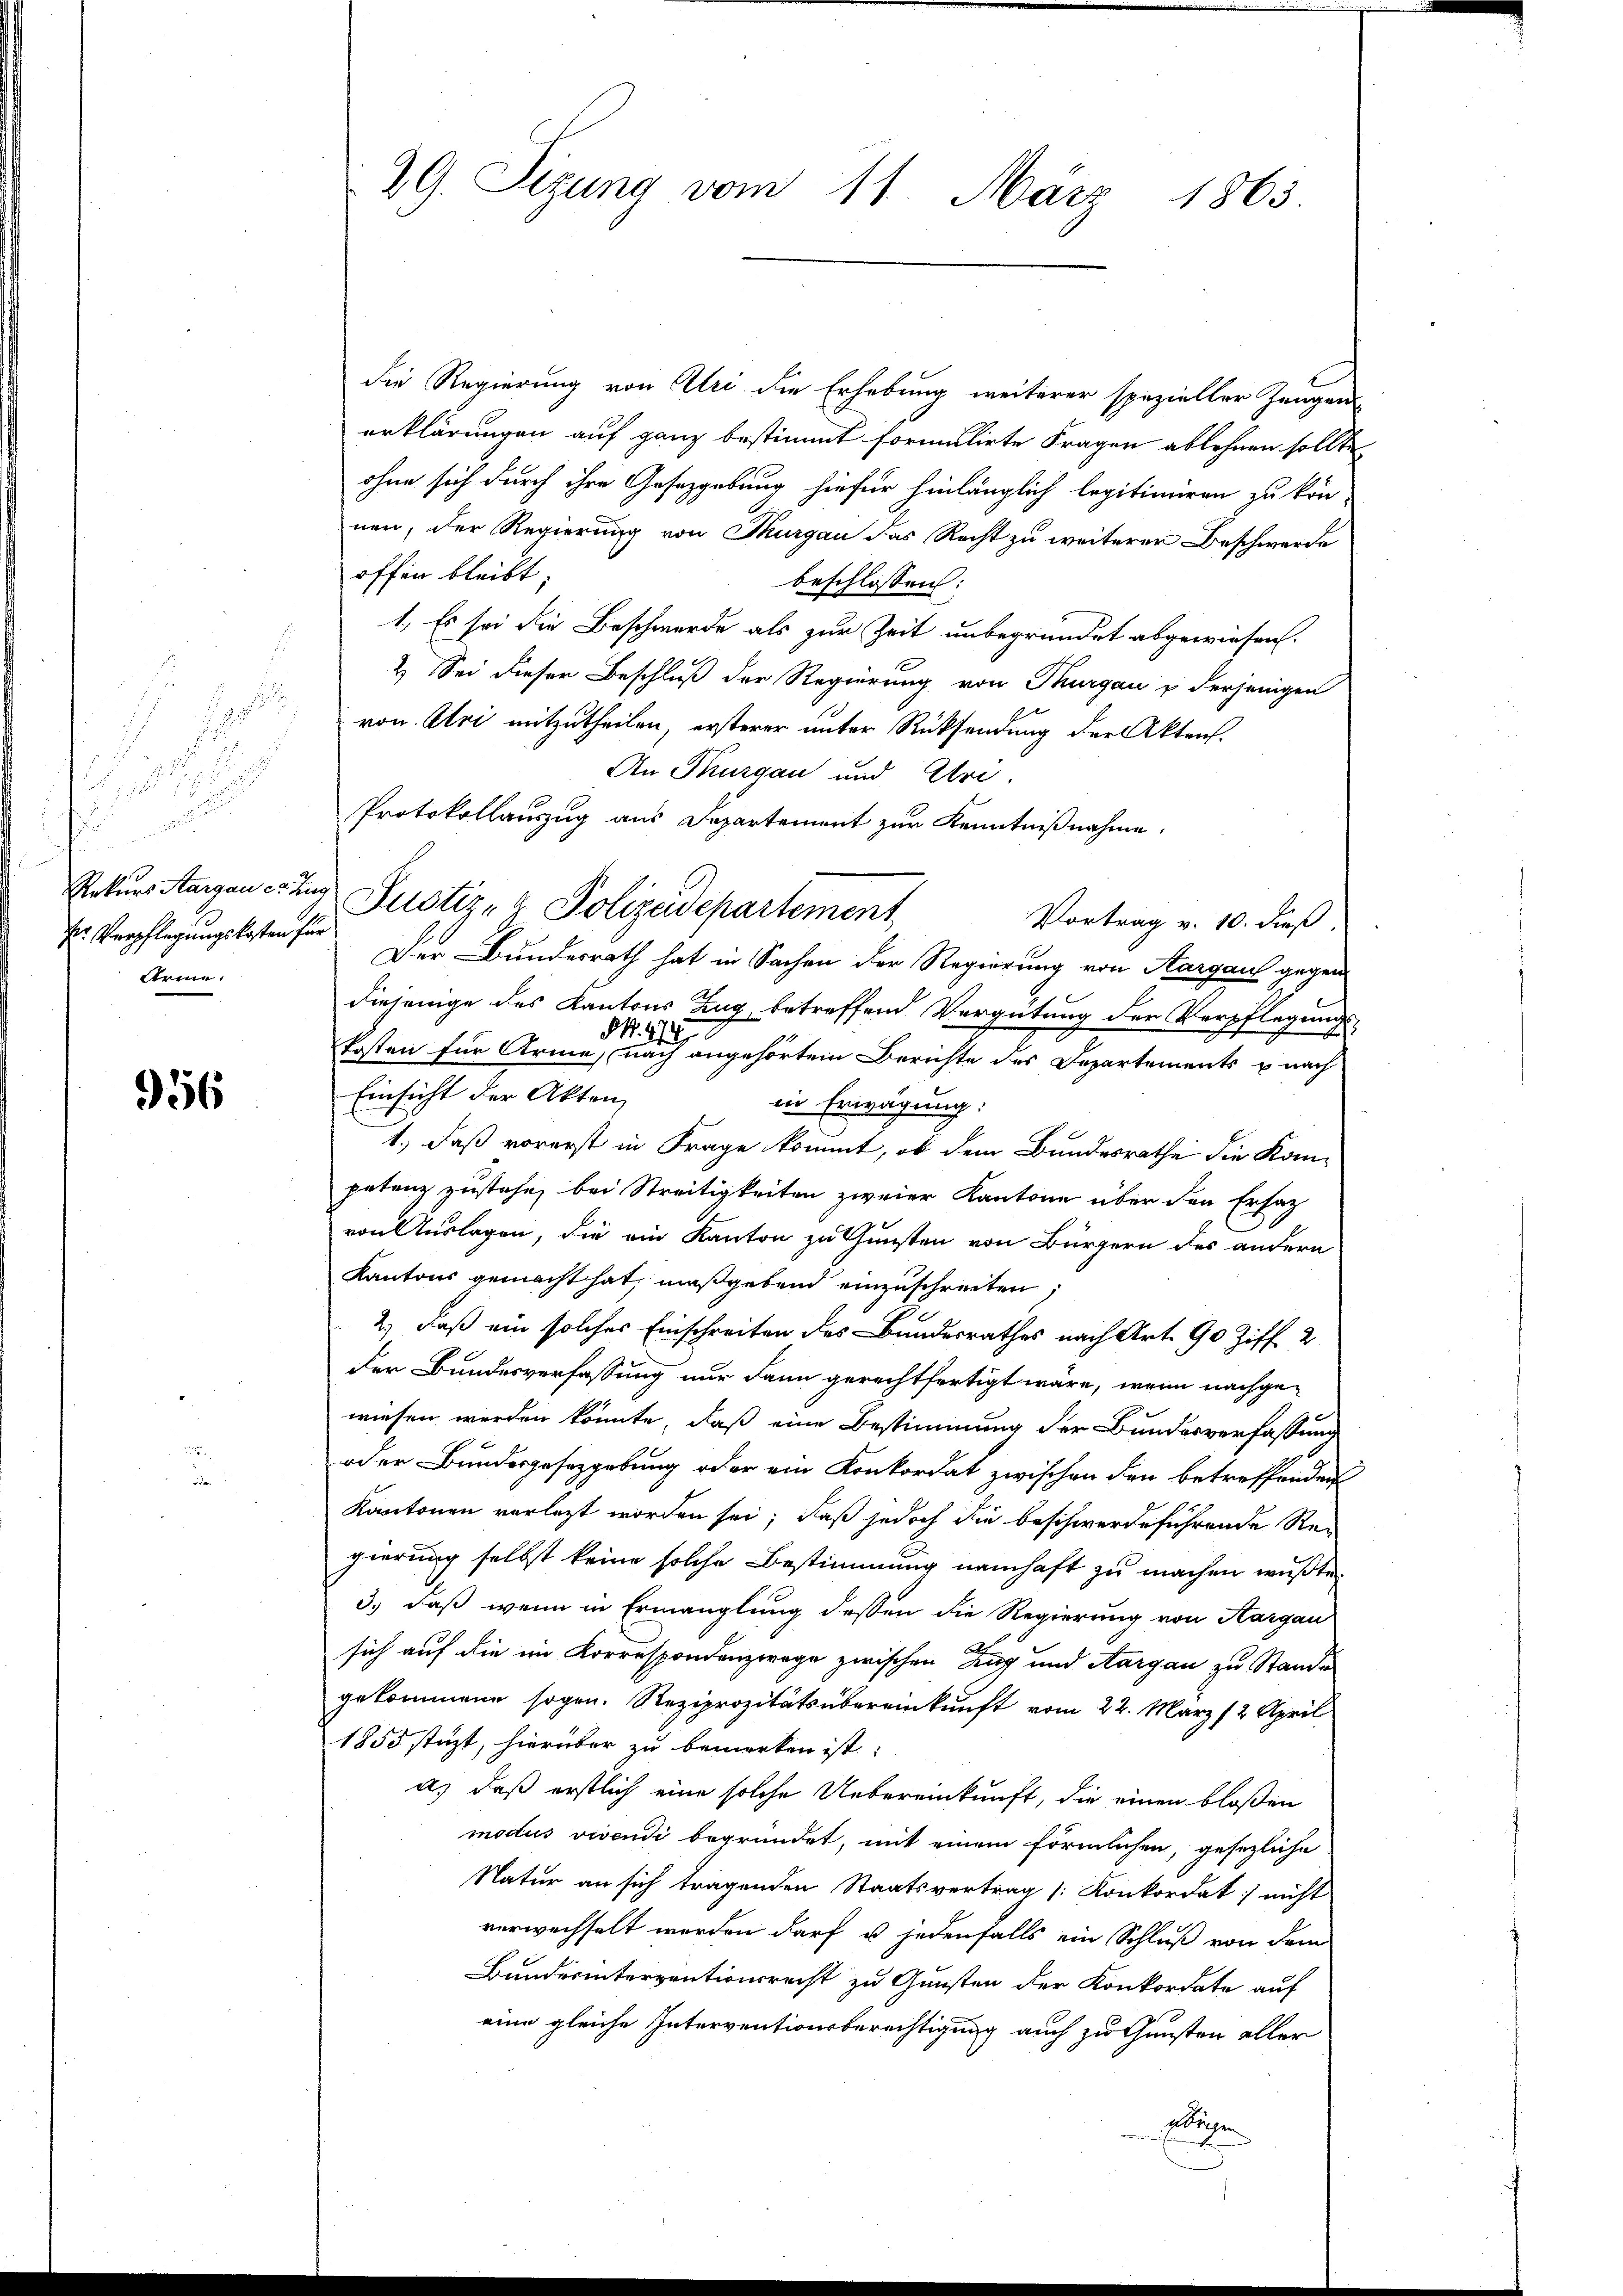
s

.

e
r Verpflegungskosten für
Arm.

956

29. Sizung vom 11. März 1865.

die Regierung von Uri die Erhebung weiterer spezieller Zeugen
erklärungen auf ganz bestimmt formulirte Fragen ablehnen sollte,
ohne sich durch ihre Gesetzgebung hiefür hinlänglich legitimiren zu kön-
nen, der Regierung von Thurgau das Recht zu weiterer Beschwerde
offen bleibt.
beschlossen:
1. Es sei die Beschwerde als zur Zeit unbegründet abgewiesen.
2.) Sei dieser Beschluß der Regierung von Thurgau & derjenigen
von Uri mitzutheilen, ersterer unter Rücksendung der Akten.
An Thurgau und Uri.
Protokollauszug aus Departement zur Kenntnißnahme.
Rekurs Aargau erzig Justiz- & Polizeidepartement
Vortrag v. 10. dieß.
Der Bundesrath hat in Sachen der Regierung von Aargaus gegen
diejenige des Kantons Zug betreffend Vergütung der Verpflegungs-
§. 47
e
kosten für Arme, nach angehörtem Berichte des Departements nach
Einsicht der Akten,
in Erwägung:
1.) daß vorerst in Frage kommt, ob dem Bundesrathe die Kompetenz zustehe, bei Streitigkeiten zweier Kantone über den Ersatz
von Auslagen, die ein Kanton zu Gunsten von Bürgern des andern
Kantons gemacht hat, maßgebend einzuschreiten,
2) daß ein solches Einschreiten des Bundesrathes nach Art. 90 Ziff. 2
der Bundesverfassung nur dann gerechtfertigt wäre, wenn nachgewiesen werden könnte, daß eine Bestimmung der Bundesverfassung
oder Bundesgesetzgebung oder ein Konkordat zwischen den betreffenden
Kantonen verletzt worden sei; daß jedoch die beschwerdeführende Regierung selbst keine solche Bestimmung namhaft zu machen wußte.
3.) daß wenn in Ermanglung dessen die Regierung von Aargau
sich auf die im Korrespondenzwege zwischen Zug und Aargau zu Stande
gekommene sogen. Reziprozitätsübereinkunft vom 22. März 2 April
1855 stüzt, hierüber zu bemerken ist.
d) daß erstlich eine solche Uebereinkunft, die einen bloßen
modus vivendi begründet, mit einem förmlichen, gesezliche
Natur an sich tragenden Staatsvertrag (: Konkordat nicht
verwechselt werden darf u. jedenfalls ein Schluß von dem
Bunderinterventionsrecht zu Gunsten der Konkordate auf
eine gleiche Interventionsberechtigung auch zu Gunsten aller
sebrigen